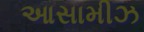
આસામીઝ